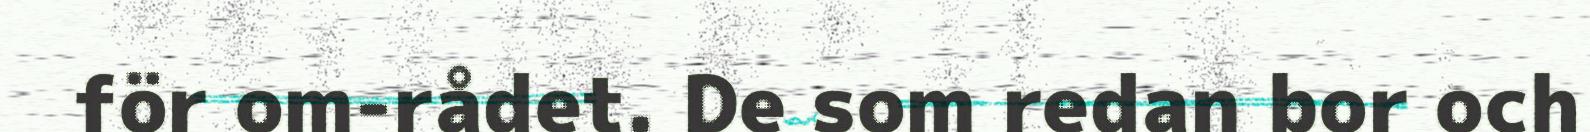
för om-rådet. De som redan bor och